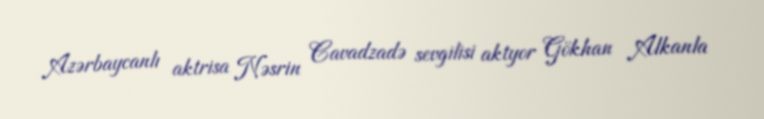
Azərbaycanlı aktrisa Nəsrin Cavadzadə sevgilisi aktyor Gökhan Alkanla